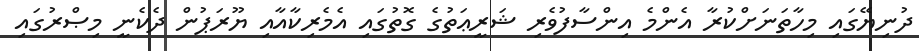
ދުނިޔޭގައި މިހާތަނަށްކުރާ އެންމެ އިންސާފުވެރި ޝަރީޢަތުގެ ގޮތުގައި އެމެރިކާއާއި ޔޫރަޕުން ދެކެނީ މިޞްރުގައި